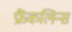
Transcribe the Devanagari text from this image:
फ्रैंकलिन्स